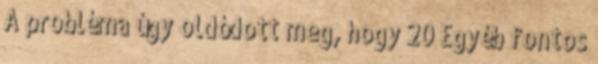
A probléma úgy oldódott meg, hogy 20 Egyéb fontos